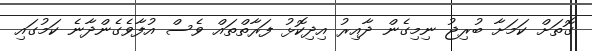
ގޮތަށް ކަމަށާ ބުރިޖު ނިމިގެން ދާއިރު އިދިކޮޅު ފަރާތްތައް ވެސް އުފާވެގެންދާނެ ކަމުގައި